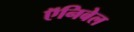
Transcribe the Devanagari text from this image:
ऍनिबेल